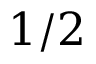
1 / 2